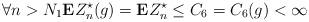
LaTeX: \begin{align*}\forall n>N_1\mathbf{E}Z_n^\star(g)=\mathbf{E}Z_n^\star\leq C_6=C_6(g)<\infty \end{align*}